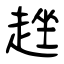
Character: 趖